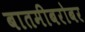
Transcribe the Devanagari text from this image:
बातमीबरोबर